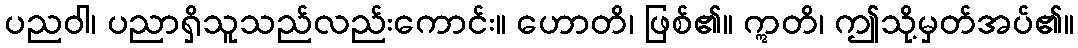
ပညဝါ၊ ပညာရှိသူသည်လည်းကောင်း။ ဟောတိ၊ ဖြစ်၏။ ဣတိ၊ ဤသို့မှတ်အပ်၏။